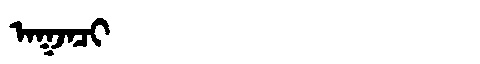
Manchu: ᠠᡴᠵᠠᠴᡳ
Romanization: AKJACI